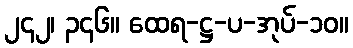
၂၄၂၊ ၃၄၆။ ထေရ-ဋ္ဌ-ပ-အုပ်-၁၀။